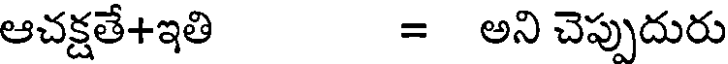
ఆచక్షతే+ఇతి = అని చెప్పుదురు